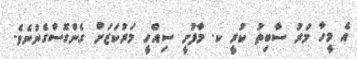
އެ މީހާ މަރު ސާބިތު ކުރީ ކ. މާފުށީ ސިއްހީ މަރުކަޒަށް ގެންގޮސްގެންނެވެ.